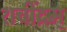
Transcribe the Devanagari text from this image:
शचींद्रम्